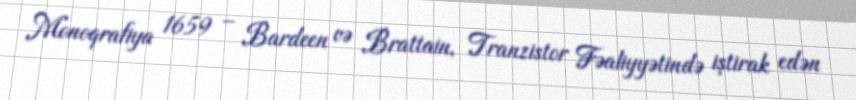
Monoqrafiya 1659 – Bardeen və Brattain, Tranzistor Fəaliyyətində iştirak edən